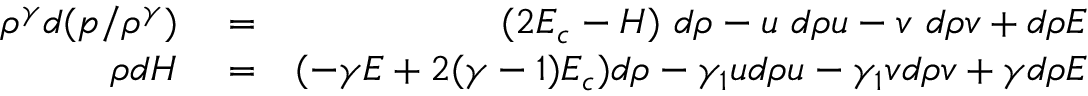
\begin{array} { r l r } { \rho ^ { \gamma } d ( p / \rho ^ { \gamma } ) } & { { } = } & { ( 2 E _ { c } - H ) ~ d \rho - u ~ d \rho u - v ~ d \rho v + d \rho E } \\ { \rho d H } & { { } = } & { ( - \gamma E + 2 ( \gamma - 1 ) E _ { c } ) d \rho - \gamma _ { 1 } u d \rho u - \gamma _ { 1 } v d \rho v + \gamma d \rho E } \end{array}